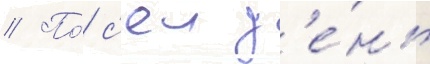
// По́ с'еи д'е́нь